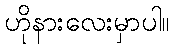
ဟိုနားလေးမှာပါ။